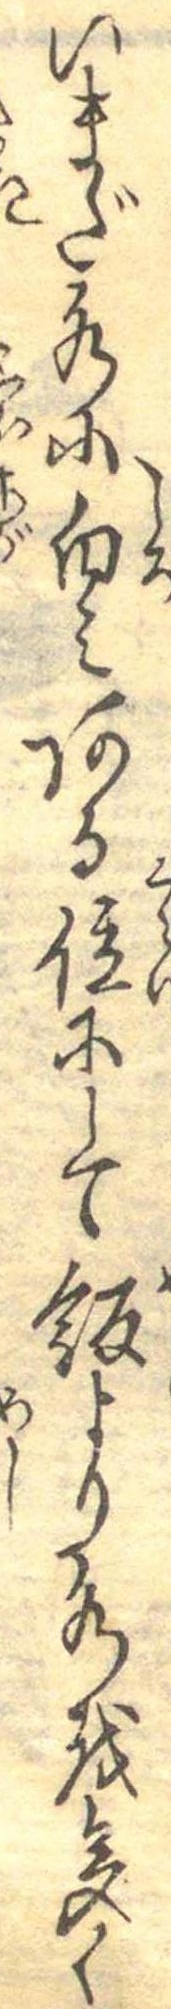
いまだ水に白みある位にして飯より水を多く